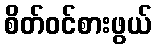
စိတ်ဝင်စားဖွယ်